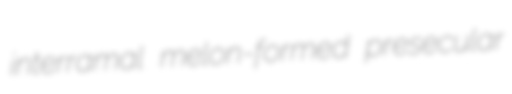
interramal melon-formed presecular